Annual report on the lock hospitals of the Madras Presidency
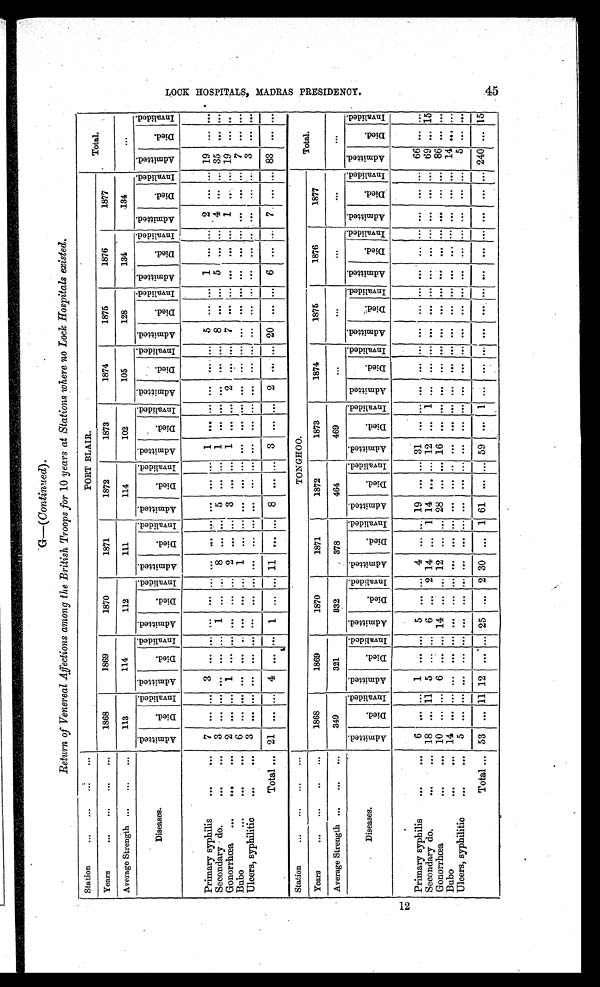
G-(Continued) .
Return of Venereal Affections among the British Troops for 10 years at Stations where no Lock Hospitals existed.
Station
... ... ... . . .
PORT BLAIR.
Total.
Years
... ... ...
...
1868
1869
1870
1871
1872
1873
1874
1875
1876
1877
Average Strength ...
...
...
113
114
112
111
114
102
105
128
134
134
. . .
Diseases.
A d m i t t e d .
D i e d .
I n v a l i d e d . A d m i t t e d .
D i e d .
I n v a l i d e d . A d m i t t e d .
D i e d .
I n v a l i d e d . A d m i t t e d .
D i e d .
I n v a l i d e d . A d m i t t e d .
D i e d .
I n v a l i d e d . A d m i t t e d .
D i e d .
I n v a l i d e d .
A d m i t t e d .
D i e d .
I n v a l i d e d .
A d m i t t e d .
D i e d .
I n v a l i d e d . A d m i t t e d .
D i e d .
I n v a l i d e d . A d m i t t e d .
D i e d .
I n v a l i d e d . A d m i t t e d .
D i e d .
I n v a l i d e d .
Primary syphilis
. . .
. . . 7
. . .
. . . 3 . . . ... . . .
. . . ... . . .
. . .
. . . ... . . .
...
1
. . . . . . . . .
. . .
. . . 5 . . .
. . . 1
. . . . . . 2
. . .
. . . 19
. . . . . .
Secondary do.
. . .
. . . 3 ...
. . . . . .
. . . ... 1
. . .
. . . 8 ... ... 5 ... ... 1
. . . . . . . . .
. . .
. . . 8 . . .
. . . 5
. . . . . . 4 . . . ... 35
. . . . . .
Gonorrhœa ...
. . .
. . . 2 ... ... 1
. . .
. . . . . .
. . .
. . . 2
. . .
. . . 3
. . . ... 1
. . . . . . 2 ... . . . 7
. . . . . .
...
. . . . . . 1 ...
. . . 19
. . . . . .
Bubo
...
. . .
. . . 6
. . .
. . . . . .
. . .
. . . . . .
. . . ... 1 ... . . . ... . . . ... ...
. . . . . . . . .
. . . . . . ... . . .
. . . ...
. . . . . . ... . . .
. . . 7
. . . . . .
Ulcers, syphilitic
. . .
. . . 3
. . .
. . . . . .
. . .
. . . . . .
. . . ... . . . ...
. . . ... . . . ... ...
. . . . . . . . .
. . . . . . ... . . .
. . . ...
. . . . . . ... . . .
. . . 3
. . . . . .
Total
...
21
. . .
. . .
4 . . .
. . .
1 ...
. . .
11
. . . . . . 8
. . .
...
3 ... ... 2 ... ... 20
. . .
. . . 6
. . . . . . 7 . . . . . .
8 3 . . . . . .
Station
. . .
. . .
. . .
. . .
TONGHOO.
Total.
Years
. . .
...
. . .
. . .
1868
1869
1870
1871
1872
1873
1874
1875
1876
1877
A v e r a g e S t r e n g t h
. . .
. . .
. . .
349
321
3 3 2
378
464
469
. . .
...
...
...
. . .
Diseases.
A d m i t t e d .
D i e d .
I n v a l i d e d . A d m i t t e d .
D i e d .
I n v a l i d e d . A d m i t t e d
D i e d .
I n v a l i d e d . A d m i t t e d .
D i e d .
I n v a l i d e d A d m i t t e d .
D i e d .
I n v a l i d e d . A d m i t t e d .
D i e d .
I n v a l i d e d . A d m i t t e d .
D i e d .
I n v a l i d e d .
A d m i t t e d .
D i e d .
I n v a l i d e d . A d m i t t e d .
D i e d .
I n v a l i d e d . A d m i t t e d .
D i e d .
I n v a l i d e d . A d m i t t e d .
D i e d .
I n v a l i d e d .
Primary syphilis
. . .
. . . 6
. . .
. . . 1
. . .
. . . 5 ... ... 4 ... ... 19
. . . ... 31
. . . . . . . . .
. . . . . .
... . . . . . .
... . . . . . .
...
. . . . . . 66 . . . . . .
Secondary do.
. . .
. . . 18 ... 11 5 ... ... 6 ... 2 14 ... 1 14 ... ... 12
. . . 1 ...
. . . . . . ... . . .
. . . ...
. . . . . . ... . . .
. . . 69 . . . 15
Gonorrhœa
. . .
. . . 10
. . .
. . . 6 . . . ... 14 ... . . . 12 ... ... 28
. . . ... 16
. . . . . . . . .
. . . . . . ... . . . . . . . . .
. . . . . . . . . . . .
. . . 86 ... ...
Bubo
. . .
. . . 14
. . . ... ... ... . . . . . .
. . .
. . . . . .
. . .
. . . ... . . . ... ...
. . . . . . . . .
. . .
. . . ... . . .
. . . ...
. . . . . . ... . . . ... 14 . . . ...
Ulcers, syphilitic
. . .
. . . 5
. . .
. . . . . .
. . .
. . . . . .
. . .
. . . . . .
. . . . . . ... . . . ... ... . . . . . . . . .
. . . . . . ... . . .
. . . ...
. . . . . . . . . . . .
. . . 5 . . . . . .
Total ... 53
. . . 11 12
... . . . 25 . . . 2 30 ... 1 61
. . . ... 59
... 1 . . .
. . .
. . .
... . . .
. . . ...
. . . . . . ... . . .
. . . 240 . . . 15
L O C K H O S P I T A L S , M A D R A S P R E S I D E N C Y . 4 5